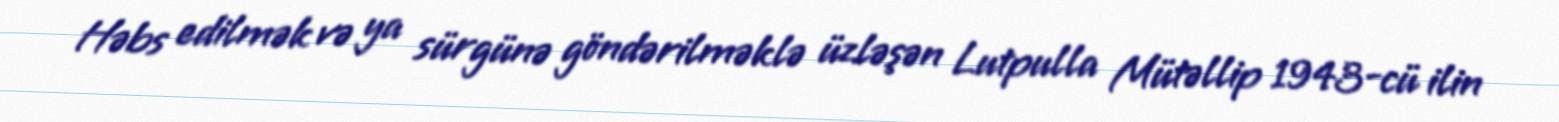
Həbs edilmək və ya sürgünə göndərilməklə üzləşən Lutpulla Mütəllip 1943-cü ilin